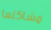
مشاكلها